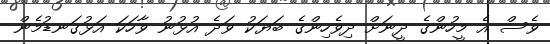
ވެސް އެ މީހުންގެ ދީނަށް ދިވެހިންގެ ބަޔަކު ވަދެ އުޅުނު ވާހަކަ އަޅުގަނޑުމެން